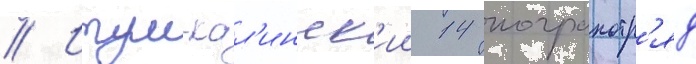
// Итум-кал'инск'ии 14 погранотр'яд